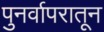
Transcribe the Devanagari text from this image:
पुनर्वापरातून